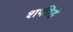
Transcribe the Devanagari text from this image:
शफीई